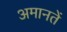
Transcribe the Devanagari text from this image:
अमानतें